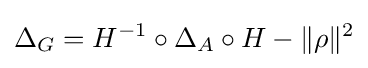
\displaystyle \Delta _{G}=H^{-1}\circ \Delta _{A}\circ H-\|\rho \|^{2}